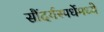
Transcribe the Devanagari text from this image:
सौंदर्यस्पर्धेमध्ये